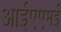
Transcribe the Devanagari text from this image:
आईएएमई